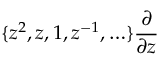
\{ z ^ { 2 } , z , 1 , z ^ { - 1 } , \ldots \} \frac { \partial } { \partial z }